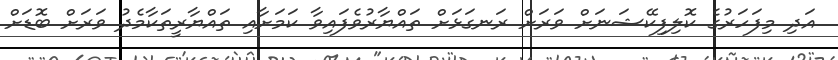
އަދި މިފަހަރުގެ ކޮލިފިކޭޝަނަށް ވަރަށް ރަނގަޅަށް ތައްޔާރުވެފައިވާ ކަމަށާއި ތައްޔާރީތަކާމެދު ވަރަށް ބޮޑަށް